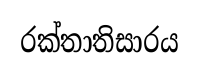
රක්තාතිසාරය